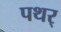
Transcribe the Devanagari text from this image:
पथर्